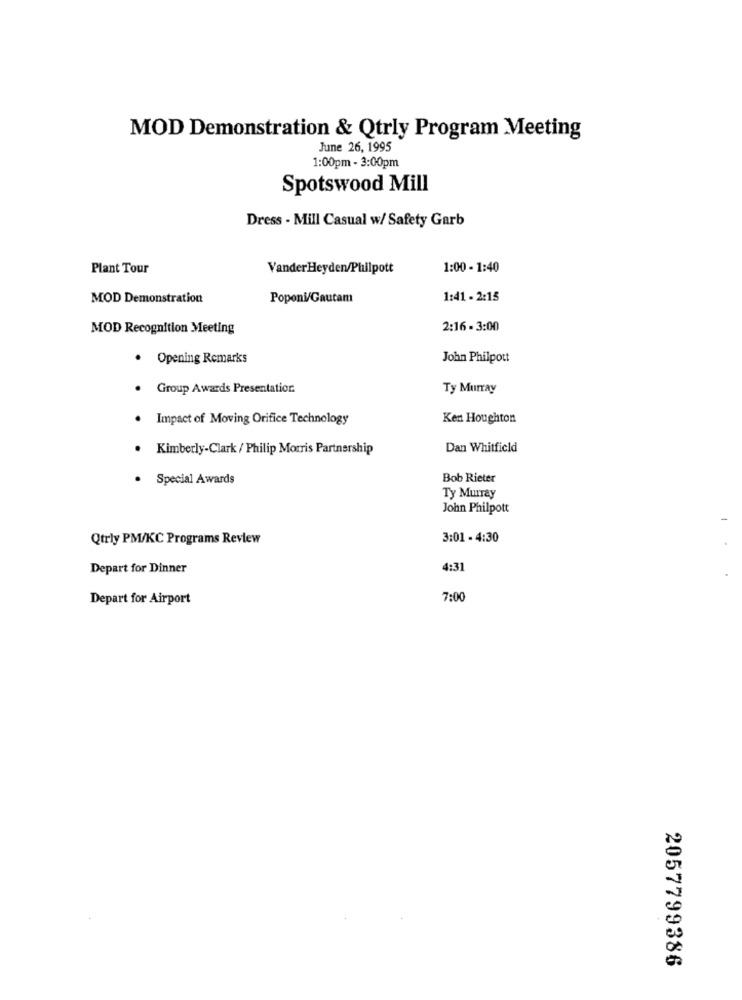
MOD Demonstration & Qtrly Program Meeting
June 26, 1995
1:00pm - 3:00pm
Spotswood Mill
Dress - Mill Casual w/ Safety Garb
Plant Tour
VanderHeyden/Philpott
1:00 - 1:40
MOD Demonstration
Poponi/Gautam
1:41 - 2:15
MOD Recognition Meeting
2:16 - 3:00
. Opening Remarks
John Philpott
. Group Awards Presentation.
Ty Murray
· Impact of Moving Orifice Technology
Ken Houghton
. Kimberly-Clark / Philip Morris Partnership
Dan Whitfield
· Special Awards
Bob Rieter
Ty Murray
John Philpott
Qtrly PM/KC Programs Review
3:01 - 4:30
Depart for Dinner
4:31
Depart for Airport
7:00
2057799386